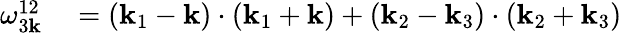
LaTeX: \begin{array}{rl}{\omega_{3{\mathbf k}}^{12}}&{{}=({\mathbf k}_{1}-{\mathbf k})\cdot({\mathbf k}_{1}+{\mathbf k})+({\mathbf k}_{2}-{\mathbf k}_{3})\cdot({\mathbf k}_{2}+{\mathbf k}_{3})}\end{array}